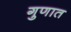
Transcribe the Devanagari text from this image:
गुणात